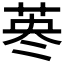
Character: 𦰈